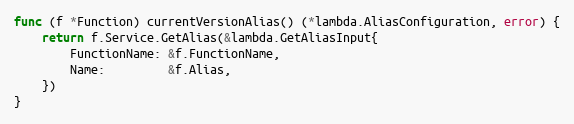
Language: Go
func (f *Function) currentVersionAlias() (*lambda.AliasConfiguration, error) {
	return f.Service.GetAlias(&lambda.GetAliasInput{
		FunctionName: &f.FunctionName,
		Name:         &f.Alias,
	})
}